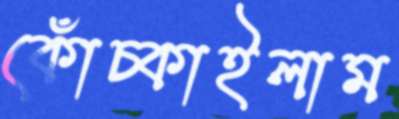
কোঁচ্‌কাইলাম